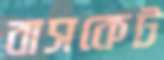
বাসকেট